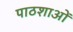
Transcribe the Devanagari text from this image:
पाठशाओं